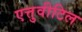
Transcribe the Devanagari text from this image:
एत्तुवीटिल